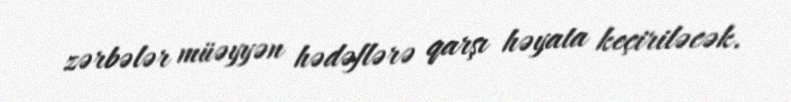
zərbələr müəyyən hədəflərə qarşı həyata keçiriləcək.